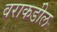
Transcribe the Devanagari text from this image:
वराकडील